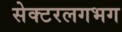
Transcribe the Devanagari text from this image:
सेक्टरलगभग